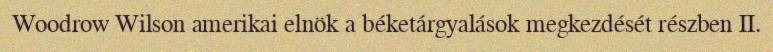
Woodrow Wilson amerikai elnök a béketárgyalások megkezdését részben II.